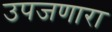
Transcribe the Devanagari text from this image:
उपजणारा